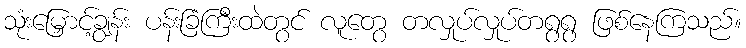
သုံးမြှောင့်ချွန်း ပန်းခြံကြီးထဲတွင် လူတွေ တလှုပ်လှုပ်တရွရွ ဖြစ်နေကြသည်။